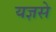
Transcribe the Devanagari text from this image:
यज्ञसे